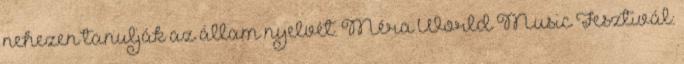
nehezen tanulják az állam nyelvét. Méra World Music Fesztivál: